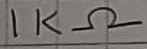
Text: 1KΩ